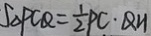
S _ { \Delta P C Q } = \frac { 1 } { 2 } P C \cdot Q H